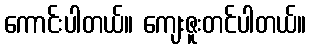
ကောင်းပါတယ်။ ကျေးဇူးတင်ပါတယ်။